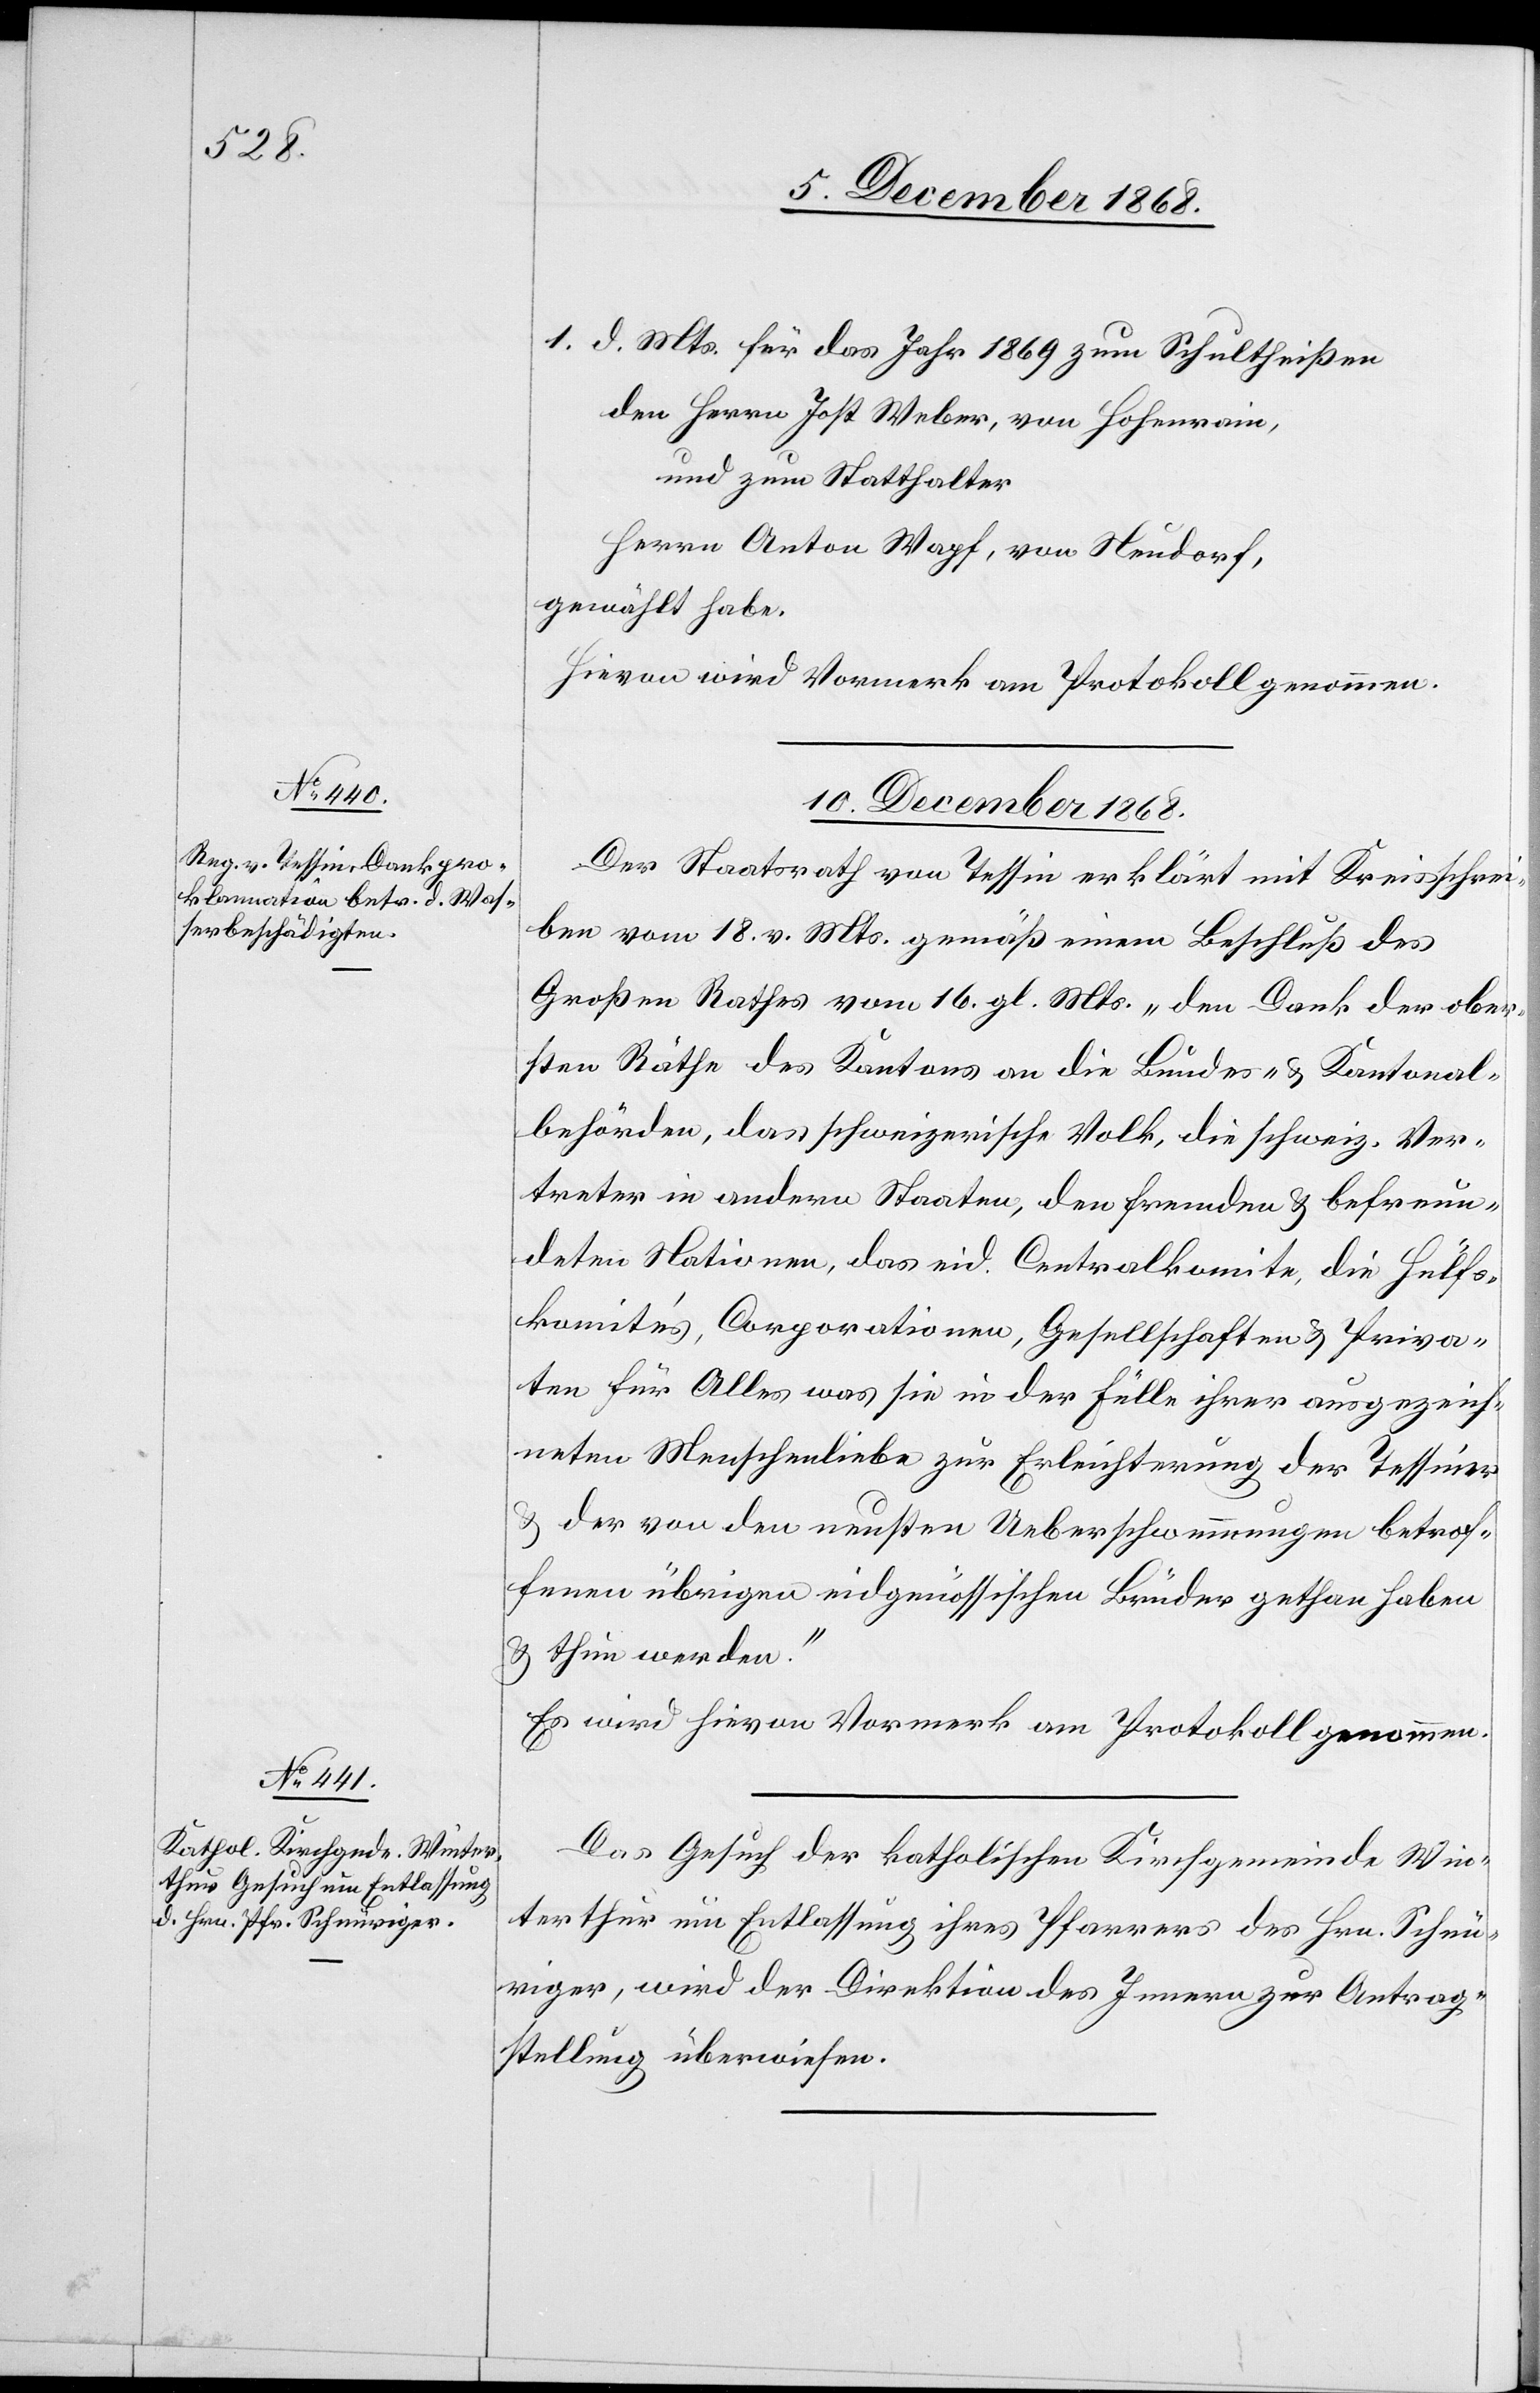
1. d. Mts. für das Jahr 1869 zum Schultheißen
den Herrn Jost Weber, von Hohenrain,
und zum Statthalter
Herrn Anton Wapf, von Neudorf,
gewählt habe.
Hievon wird Vormerk am Protokoll genommen.
10. December 1868.]
Der Staatsrath von Tessin erklärt mit Kreisschrei¬
ben vom 18. v. Mts. gemäß einem Beschluß des
Großen Rathes vom 16. gl. Mts. „den Dank der ober¬
sten Räthe des Kantons an die Bundes- & Kantonal¬
behörden, das schweizerische Volk, die schweiz. Ver¬
treter in andern Staaten, den fremden & befreun¬
deten Nationen, das eid. Centralkomite, die Hülfs¬
komite’s, Corporationen, Gesellschaften & Priva¬
ten für Alles was sie in der Fülle ihrer ausgezeich¬
neten Menschenliebe zur Erleichterung der Tessiner
& der von den neusten Ueberschwemmungen betrof¬
fenen übrigen eidgenössischen Brüder gethan haben
& thun werden.“
Es wird hievon Vormerk am Protokoll genommen.
Das Gesuch der katholischen Kirchgemeinde Win¬
terthur um Entlassung ihres Pfarrers des Hrn. Schnü¬
riger, wird der Direktion des Innern zur Antrag¬
stellung überwiesen.